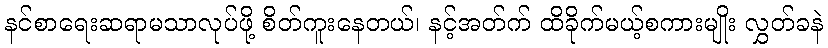
နင်စာရေးဆရာမသာလုပ်ဖို့ စိတ်ကူးနေတယ်၊ နင့်အတ်က် ထိခိုက်မယ့်စကားမျိုး လွှတ်ခနဲ